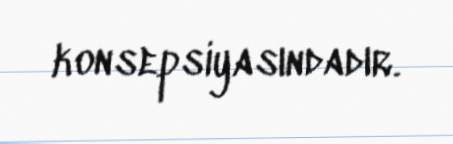
konsepsiyasındadır.